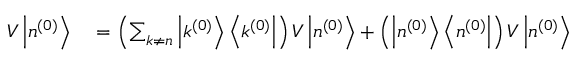
\begin{array} { r l } { V \left| n ^ { ( 0 ) } \right\rangle } & { { } = \left( \sum _ { k \neq n } \left| k ^ { ( 0 ) } \right\rangle \left\langle k ^ { ( 0 ) } \right| \right) V \left| n ^ { ( 0 ) } \right\rangle + \left( \left| n ^ { ( 0 ) } \right\rangle \left\langle n ^ { ( 0 ) } \right| \right) V \left| n ^ { ( 0 ) } \right\rangle } \end{array}